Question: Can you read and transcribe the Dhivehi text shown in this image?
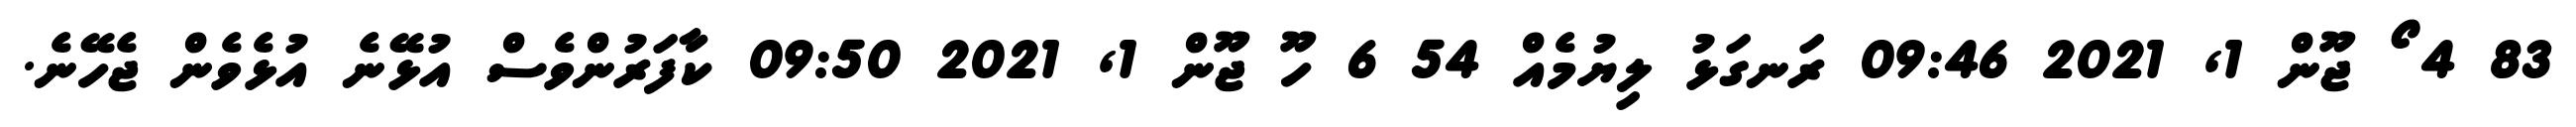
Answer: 83 4 ޯ ޖޫން 1, 2021 09:46 ރަނގަޅު ލިޔުމެއް 54 6 ހޫ ޖޫން 1, 2021 09:50 ކާފަރުންވެސް އުޅޭނެ އުޅެވެން ޖެހޭނެ.